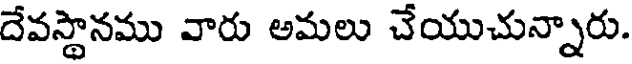
దేవస్థానము వారు అమలు చేయుచున్నారు.